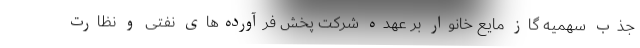
جذب سهمیه گاز مایع خانوار بر عهده شرکت پخش فرآورده‌های نفتی و نظارت